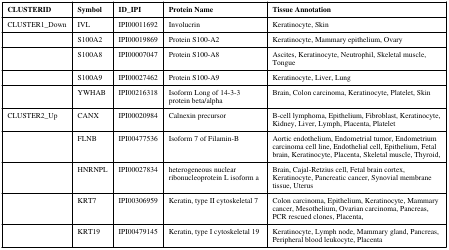
<table><thead><tr><td><b>CLUSTERID</b></td><td><b>Symbol</b></td><td><b>ID_IPI</b></td><td><b>Protein Name</b></td><td><b>Tissue Annotation</b></td></tr></thead><tbody><tr><td>CLUSTER1_Down</td><td>IVL</td><td>IPI00011692</td><td>Involucrin</td><td>Keratinocyte, Skin</td></tr><tr><td></td><td>S100A2</td><td>IPI00019869</td><td>Protein S100-A2</td><td>Keratinocyte, Mammary epithelium, Ovary</td></tr><tr><td></td><td>S100A8</td><td>IPI00007047</td><td>Protein S100-A8</td><td>Ascites, Keratinocyte, Neutrophil, Skeletal muscle, Tongue</td></tr><tr><td></td><td>S100A9</td><td>IPI00027462</td><td>Protein S100-A9</td><td>Keratinocyte, Liver, Lung</td></tr><tr><td></td><td>YWHAB</td><td>IPI00216318</td><td>Isoform Long of 14-3-3 protein beta/alpha</td><td>Brain, Colon carcinoma, Keratinocyte, Platelet, Skin</td></tr><tr><td>CLUSTER2_Up</td><td>CANX</td><td>IPI00020984</td><td>Calnexin precursor</td><td>B-cell lymphoma, Epithelium, Fibroblast, Keratinocyte, Kidney, Liver, Lymph, Placenta, Platelet</td></tr><tr><td></td><td>FLNB</td><td>IPI00477536</td><td>Isoform 7 of Filamin-B</td><td>Aortic endothelium, Endometrial tumor, Endometrium carcinoma cell line, Endothelial cell, Epithelium, Fetal brain, Keratinocyte, Placenta, Skeletal muscle, Thyroid,</td></tr><tr><td></td><td>HNRNPL</td><td>IPI00027834</td><td>heterogeneous nuclear ribonucleoprotein L isoform a</td><td>Brain, Cajal-Retzius cell, Fetal brain cortex, Keratinocyte, Pancreatic cancer, Synovial membrane tissue, Uterus</td></tr><tr><td></td><td>KRT7</td><td>IPI00306959</td><td>Keratin, type II cytoskeletal 7</td><td>Colon carcinoma, Epithelium, Keratinocyte, Mammary cancer, Mesothelium, Ovarian carcinoma, Pancreas, PCR rescued clones, Placenta,</td></tr><tr><td></td><td>KRT19</td><td>IPI00479145</td><td>Keratin, type I cytoskeletal 19</td><td>Keratinocyte, Lymph node, Mammary gland, Pancreas, Peripheral blood leukocyte, Placenta</td></tr></tbody></table>